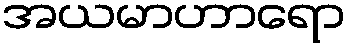
အယမာဟာရော